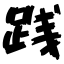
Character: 践